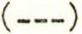
(---)